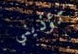
تؤذيني